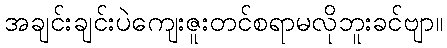
အချင်းချင်းပဲကျေးဇူးတင်စရာမလိုဘူးခင်ဗျာ။